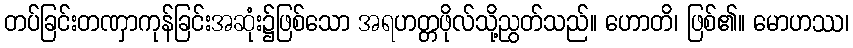
တပ်ခြင်းတဏှာကုန်ခြင်းအဆုံး၌ဖြစ်သော အရဟတ္တဖိုလ်သို့ညွတ်သည်။ ဟောတိ၊ ဖြစ်၏။ မောဟဿ၊